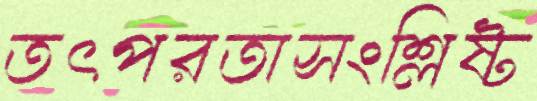
তৎপরতাসংশ্লিষ্ট